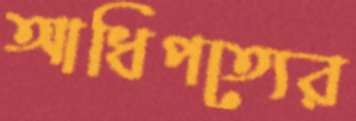
আধিপত্যের